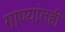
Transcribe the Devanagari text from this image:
गाण्यांतही